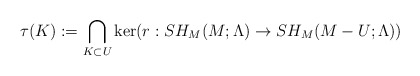
\begin{align*}\tau(K):= \bigcap_{K\subset U} \ker(r: SH_{M}(M; \Lambda)\rightarrow SH_{M}(M-U; \Lambda))\end{align*}